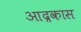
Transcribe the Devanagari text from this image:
आद्रकास